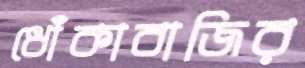
ধোঁকাবাজির